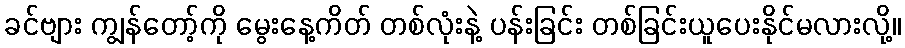
ခင်ဗျား ကျွန်တော့်ကို မွေးနေ့ကိတ် တစ်လုံးနဲ့ ပန်းခြင်း တစ်ခြင်းယူပေးနိုင်မလားလို့။